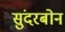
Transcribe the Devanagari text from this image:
सुंदरबोन